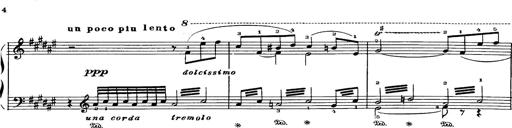
Title: Danza sacra e duetto finale dâ€™Aida
Composer: Franz Liszt